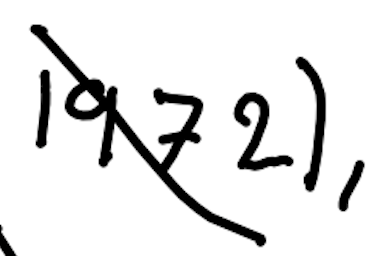
Text: 1972),
Cross-out: diagonal
Writing tool: digital_black